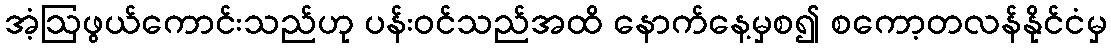
အံ့ဩဖွယ်ကောင်းသည်ဟု ပန်းဝင်သည်အထိ နောက်နေ့မှစ၍ စကော့တလန်နိုင်ငံမှ